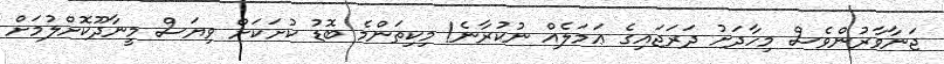
ޖަނާވާރުންވެސް މިހާދަށު ދަރަޖައިގެ ޢަމަލެއް ނުކުރާނެ! މިކިތަންމެ ބޮޑު ކުށަކަށް ވިޔަސް މީނާދޫކޮށްލުމަށް